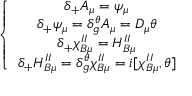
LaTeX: \left\{ \begin{array} { c } { { \delta _ { + } A _ { \mu } = \psi _ { \mu } } } \\ { { \delta _ { + } \psi _ { \mu } = \delta _ { g } ^ { \theta } A _ { \mu } = D _ { \mu } \theta } } \\ { { \delta _ { + } \chi _ { B \mu } ^ { I I } = H _ { B \mu } ^ { I I } } } \\ { { \delta _ { + } H _ { B \mu } ^ { I I } = \delta _ { g } ^ { \theta } \chi _ { B \mu } ^ { I I } = i [ \chi _ { B \mu } ^ { I I } , \theta ] } } \end{array} \right.